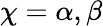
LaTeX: \chi=\alpha,\beta